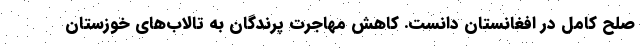
صلح کامل در افغانستان دانست. کاهش مهاجرت‌ پرندگان به تالاب‌های خوزستان